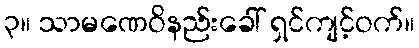
၃။ သာမဏေဝိနည်းခေါ် ရှင်ကျင့်ဝက်။